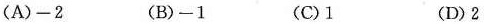
(A)-2 (B)-1 (C)1 (D)2